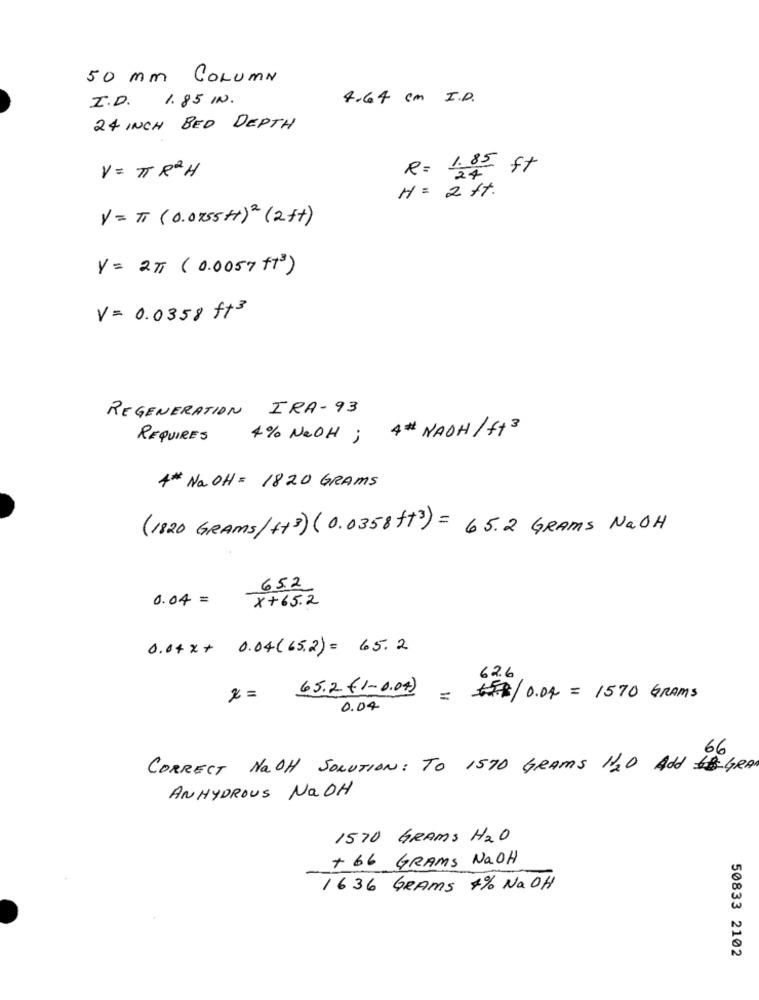
50 mm COLUMN
I.D. 1.85 IN.
4.64 cm I.P.
24 INCH BED DEPTH
V = TT R2H
22 ft
H = 2 ft.
V = TI (0.0755+)2 (2ft)
Y = 2TT ( 0.0057 +73)
V= 0.0358 ft3
REGENERATION IRA-93
4% NeOH ; 4# NAOH/f+3
REQUIRES
4* Na OH = 1820 GRAMS
(1820 GRAMS/++3) (0.0358+3) = 65.2 GRAMS NaOH
65.2
0.04 =
x+65.2
0.04 x + 0.04 (65.2) = 65.2
62.6
65.2 (1-0.04)
x =
= $/ 0.04 = 1570 GRAMS
0.04
CORRECT NaOH SOLUTION: TO IST0 GRAMS 120 Add GRAY
ANHYDROUS NaOH
1570 GRAMS H2O
+ 66 GRAMS NaOH
1636 GRAMS 4% Na OH
50833 2102